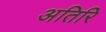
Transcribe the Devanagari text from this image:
अतिरि